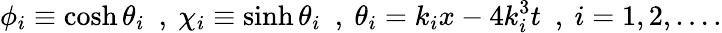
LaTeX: \phi_{i}\equiv\cosh\theta_{i}~~,~\chi_{i}\equiv\sinh\theta_{i}~~,~\theta_{i}=k_{i}x-4k_{i}^{3}t~~,~i=1,2,\ldots.